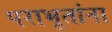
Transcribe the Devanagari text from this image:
पराभूतांना